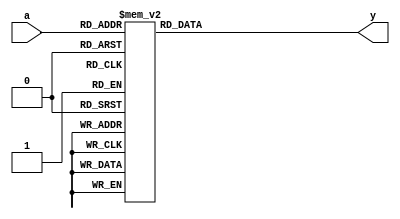
`timescale 1ns / 1ps
//////////////////////////////////////////////////////////////////////////////////
// Company: 
// Engineer: 
// 
// Design Name: 
// Module Name: bcd2deci
// Project Name: 
// Target Devices: 
// Tool Versions: 
// Description: 
// 
// Dependencies: 
// 
// Revision:
// Revision 0.01 - File Created
// Additional Comments:
// 
//////////////////////////////////////////////////////////////////////////////////


module bcd2deci(a,y);
input [3:0] a;
output [6:0] y; 
reg [6:0] y;
always @(a)
begin 
case(a)
0:y=7'b0000001;
1:y=7'b0000010;
2:y=7'b0000011;
3:y=7'b0000100;
4:y=7'b0000101;
5:y=7'b0000110;
6:y=7'b0000111;
7:y=7'b0001000;
8:y=7'b0001001;
9:y=7'b0001100;
default:y=7'b1111111;
endcase
end
endmodule